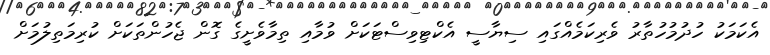
އެކަމަކު ހުދުމުހުތާރު ވެރިކަމެއްގައި ސިޔާސީ އެކްޓިވިސްޓަކަށް ވުމާއި ތިމާވެށީގެ ގޮން ޖެހުންތަކަށް ކުރިމަތިލުމަށް